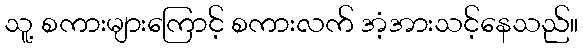
သူ့ စကားများကြောင့် စကားလက် အံ့အားသင့်နေသည်။